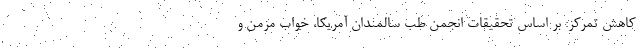
کاهش تمرکز: بر اساس تحقیقات انجمن طب سالمندان آمریکا، خواب مزمن و